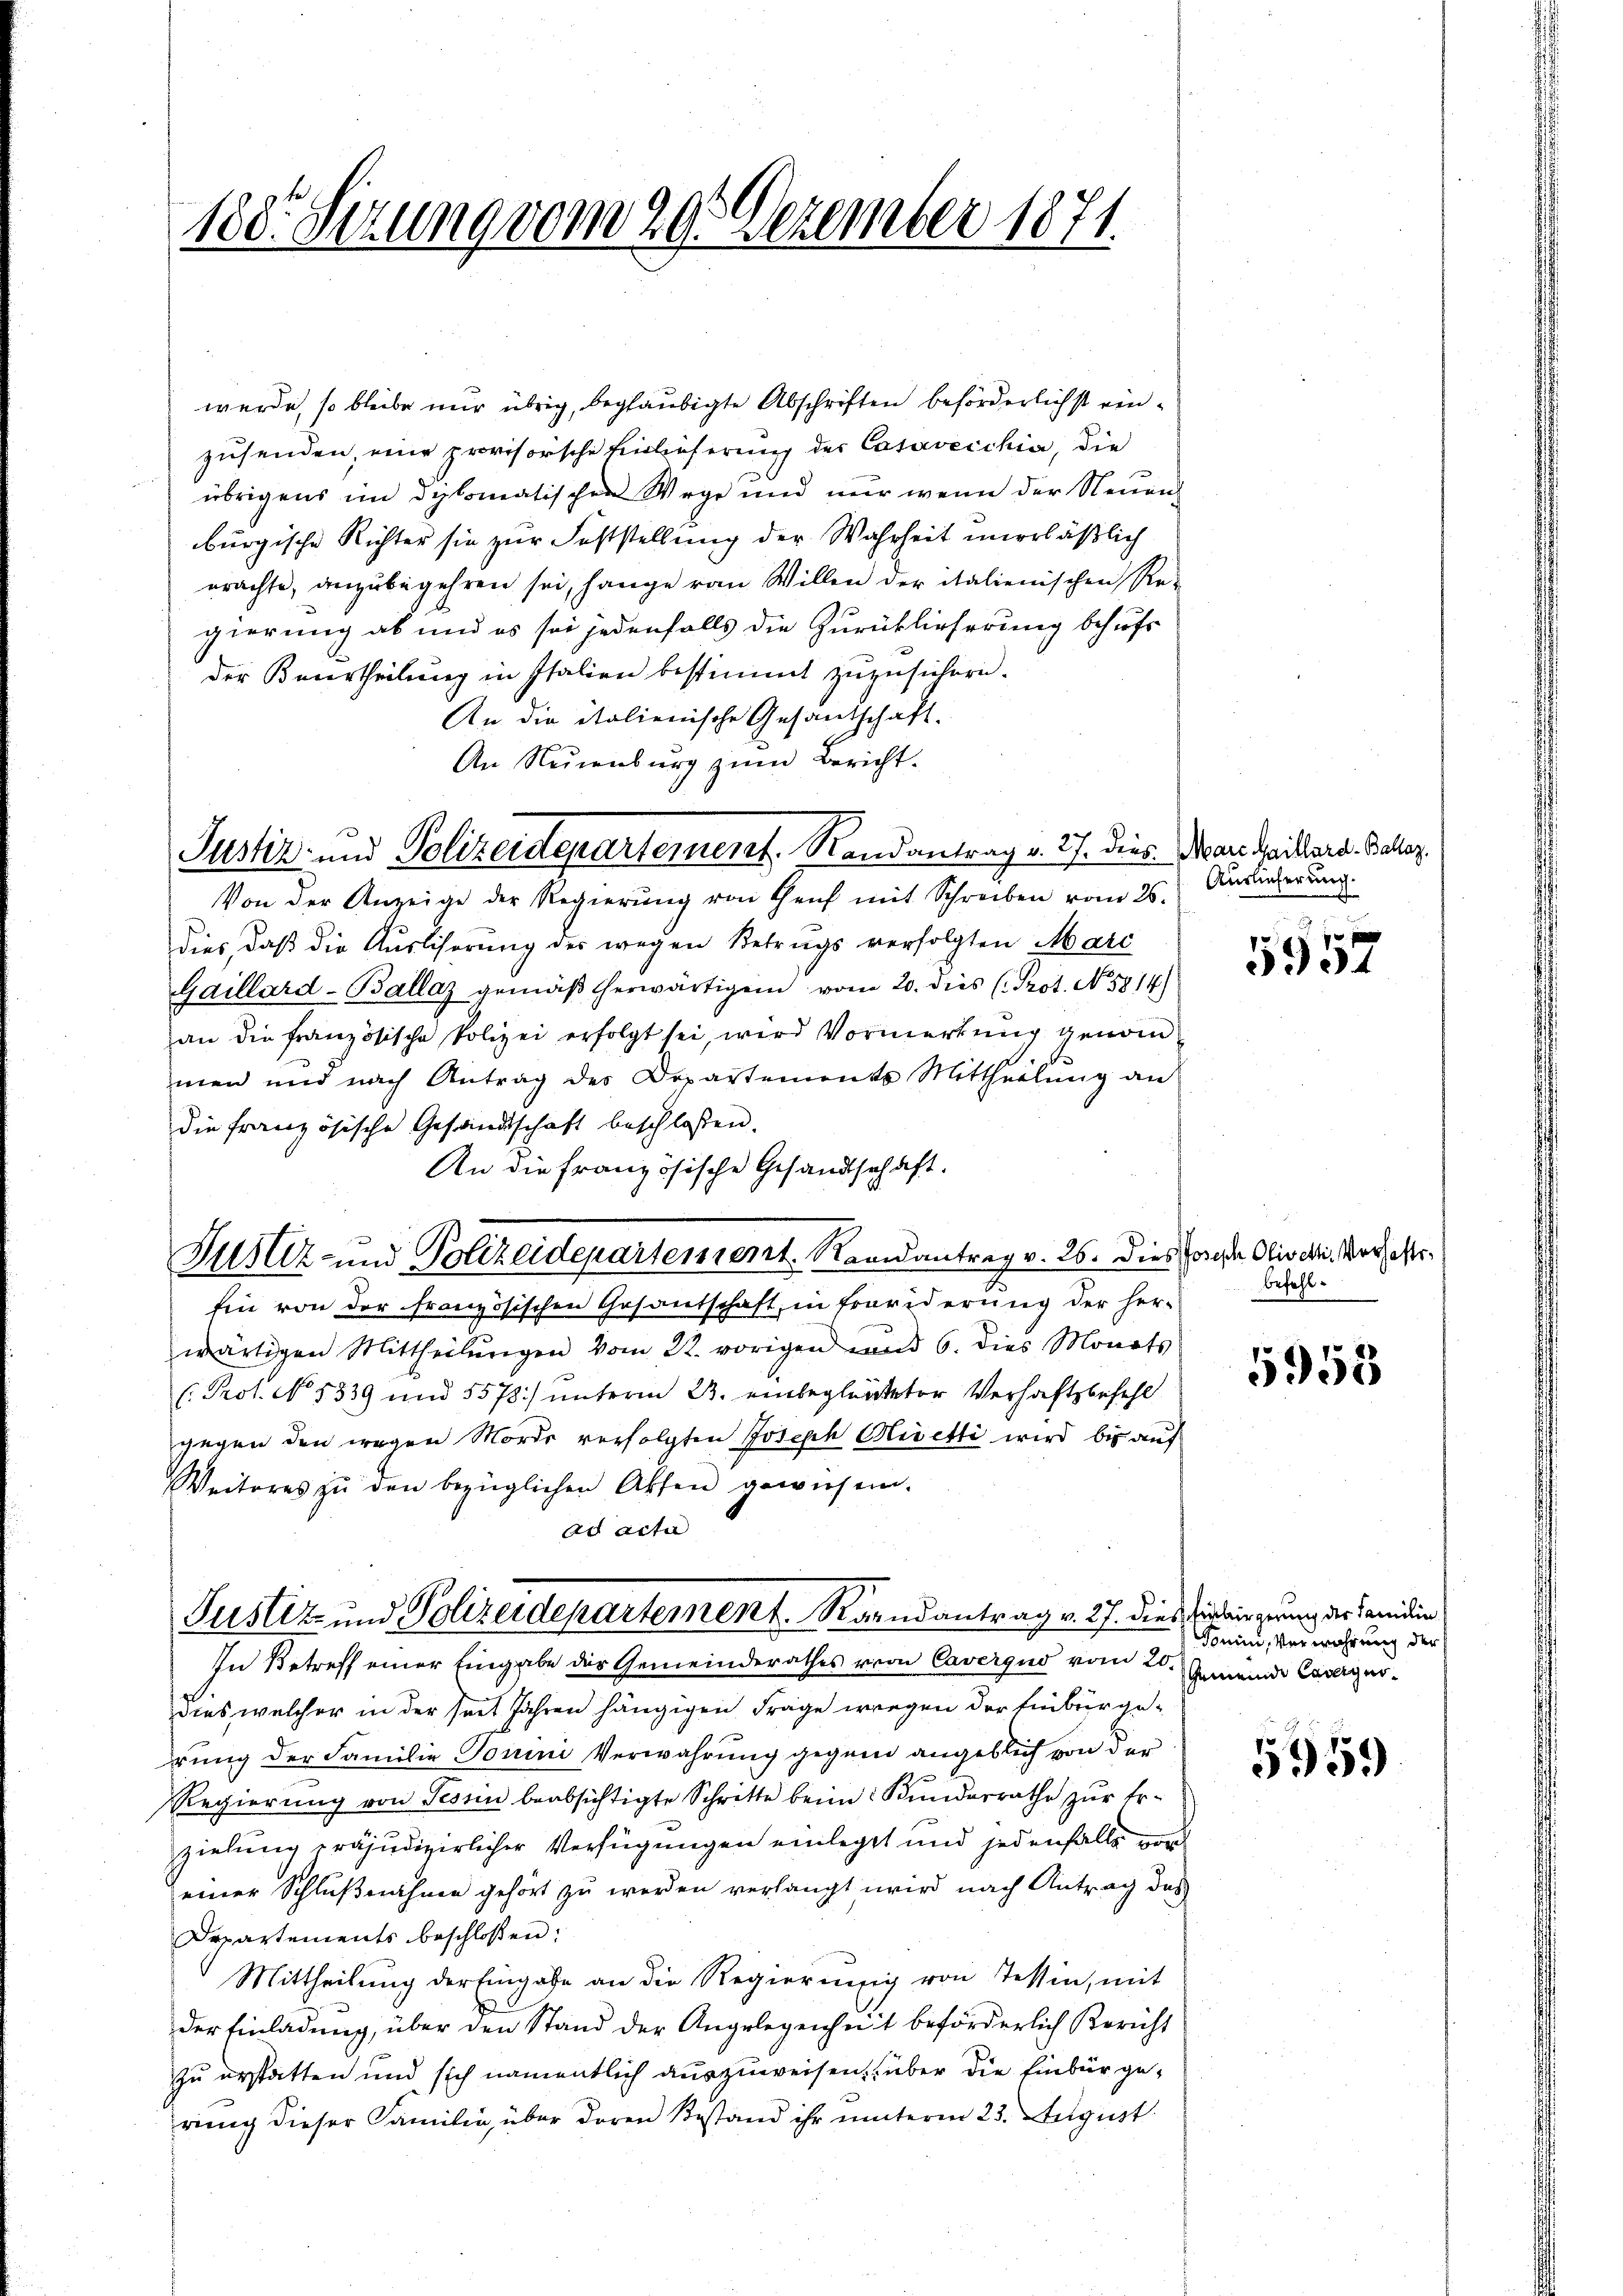
188. Sezung vom 29. Dezember 1871.

Justiz- und Polizeidepartement. Randantrag v. 27. dies Marc Haillard Baar

Justiz- und Polizeidepartement Romantrag v. 26. Dies hande Oliveli. Vorfest¬

werde, so bleibe nur übrig, begläubigte Abschriften beförderlichst einzusenden, eine provisorische Einlieferung der Casavecchia, die
übrigens im diplomatischen Wege und nur wenn der Neuen
burgische Richter sie zur Feststellung der Wahrheit unerläßlich
erachte, anzubegehren sei, hange von Willen der italienischen Re-
gierung ab und es sei jedenfalls die Zurücklieferung behufs
der Beurtheilung in Italien bestimmt zuzusichern.
An die italienische Gesantschaft.
An Neuenburg zŭm Bericht.
Von der Anzeige der Regierŭng von Genf mit Schreiben vom 26.
dies, daß die Ausliserung des wegen Betrugs verfolgten Marc
Gaillard-Ballaz gemäß herwärtigen vom 20. dies (Prot. No. 5814)
an die französische Polizei erfolgt sei, wird Vormerkung genommen und nach Antrag des Departements Mittheilŭng an
die französische Gesandtschaft beschlossen.
An die französische Gesandtschaft.
Ein von der französischen Gesantschaft, in Fraviderung der her-
wärtigen Mittheilŭngen vom 22. vorigen und 6. dies Monats
(Prot. No 1539 und 5578) unterm 23. einbegleiteter Verhaftsbefehl
gegen den wegen Morde verfolgten Joseph Rivetti wird bis auf
Weiteres zŭ den bezüglichen Akten gewiesen.
ad acta
Justiz- und Polizeidepartement. Raandantrag v. 27. dies sie wir gerung der Candin
In Betreff einer Eingabe der Gemeinderathes von Caverquo vom 20. Jennii Cargerdies welcher in der seit Jahren hängigen Frage wegen der Einburge-
rung der Familie Tomini Verwahrung gegend angeblich von der
Regierung von Tessin beabsichtigte Schritte beim Kunderrathe zur Erzielung präjudizierlicher Verfügungen einlegt und jedenfalls vor
einer Schlußnahme gehört zu werden verlangt wird nach Antrag das
Departements beschlossen:
Mittheilung der Eingabe an die Regierung von Tessin, mit
der Einladung, über den Stand der Angelegenheit beförderlich Bericht
zu erstatten und sich namentlich auszuweisen, über die Einbürgerung dieser Familie, über deren Bestand ihr unterm 23. August.

Auslieferung.

5957

befehl¬

5953

Tonin, Verwahrung der

5959